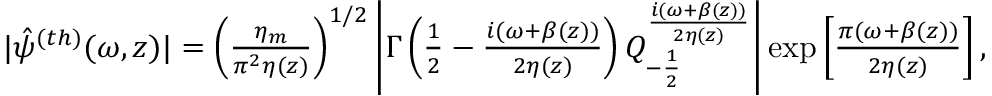
\begin{array} { r } { \! \! \! \! \! \! \! | \hat { \psi } ^ { ( t h ) } ( \omega , z ) | = \left( \frac { \eta _ { m } } { \pi ^ { 2 } \eta ( z ) } \right) ^ { 1 / 2 } \left| \Gamma \left( \frac { 1 } { 2 } - \frac { i ( \omega + \beta ( z ) ) } { 2 \eta ( z ) } \right) Q _ { - \frac { 1 } { 2 } } ^ { \frac { i ( \omega + \beta ( z ) ) } { 2 \eta ( z ) } } \right| \exp \left[ \frac { \pi ( \omega + \beta ( z ) ) } { 2 \eta ( z ) } \right] , } \end{array}